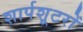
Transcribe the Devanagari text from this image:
शार्पशूटरों